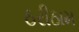
ઠરીઠામ